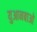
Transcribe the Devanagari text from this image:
युआनबाओ